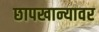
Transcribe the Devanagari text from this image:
छापखान्यावर